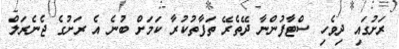
ރަށުގައި ދިވެހި ސްޓާފުންނާ ދޭތެރޭ ތަފާތުކުރާ ކަމަށް ބުނެ އެ ރަށުގެ ޖެނެރަލް